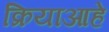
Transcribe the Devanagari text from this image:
क्रियाआहे